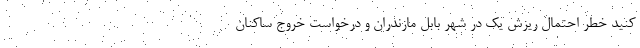
کنید خطر احتمال ریزش یک در شهر بابل مازندران و درخواست خروج ساکنان